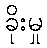
ခိုးမှု